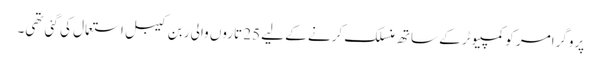
پروگرامر کو کمپیوٹر کے ساتھ منسلک کرنے کے لیے 25 تاروں والی ربن کیبل استعمال کی گئی تھی۔